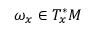
\omega _ { x } \in T _ { x } ^ { * } M